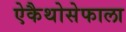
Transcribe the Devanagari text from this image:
ऐकैथोसेफाला